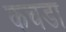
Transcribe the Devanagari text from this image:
कचडा